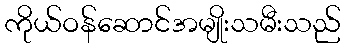
ကိုယ်ဝန်ဆောင်အမျိုးသမီးသည်